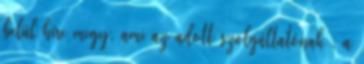
belül híre megy, ami az adott szolgáltatónak , a